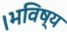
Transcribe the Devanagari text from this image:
।भविष्य